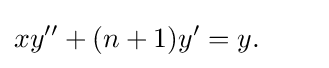
xy''+(n+1)y'=y.\qquad